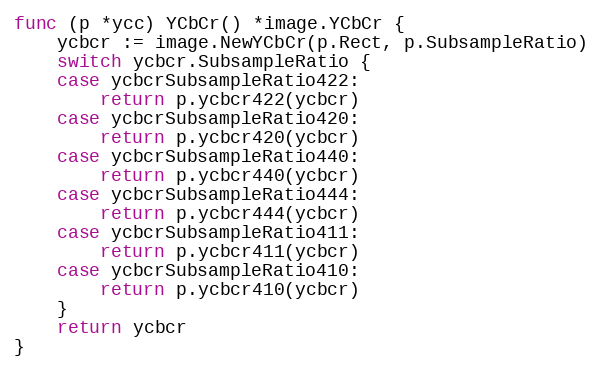
Language: Go
func (p *ycc) YCbCr() *image.YCbCr {
	ycbcr := image.NewYCbCr(p.Rect, p.SubsampleRatio)
	switch ycbcr.SubsampleRatio {
	case ycbcrSubsampleRatio422:
		return p.ycbcr422(ycbcr)
	case ycbcrSubsampleRatio420:
		return p.ycbcr420(ycbcr)
	case ycbcrSubsampleRatio440:
		return p.ycbcr440(ycbcr)
	case ycbcrSubsampleRatio444:
		return p.ycbcr444(ycbcr)
	case ycbcrSubsampleRatio411:
		return p.ycbcr411(ycbcr)
	case ycbcrSubsampleRatio410:
		return p.ycbcr410(ycbcr)
	}
	return ycbcr
}